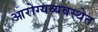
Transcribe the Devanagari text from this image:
आरोग्यव्यवस्थेत